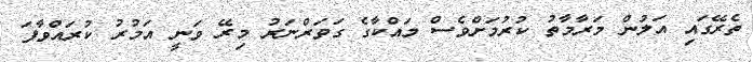
ތެރޭގައި އަލުން މަރާމާތު ކުރުމަށްވެސް މައްކާގެ ގަވަރްނަރު މިރޭ ވަނީ އަމުރު ކުރައްވާފަ